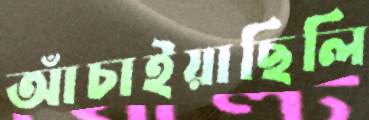
আঁচাইয়াছিলি